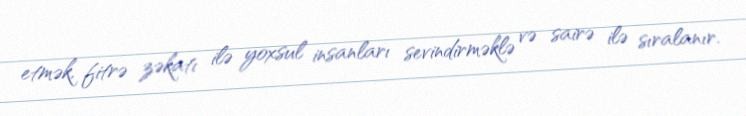
etmək, fitrə zəkatı ilə yoxsul insanları sevindirməklə və sairə ilə sıralanır.